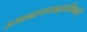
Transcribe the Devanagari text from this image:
उमानाथपादारविन्दम्